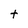
Character: t